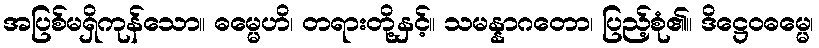
အပြစ်မရှိကုန်သော။ ဓမ္မေဟိ၊ တရားတို့နှင့်။ သမန္နာဂတော၊ ပြည့်စုံ၏။ ဒိဋ္ဌေဝဓမ္မေ၊